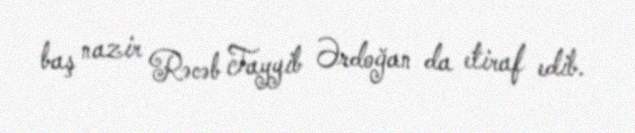
baş nazir Rəcəb Tayyib Ərdoğan da etiraf edib.